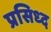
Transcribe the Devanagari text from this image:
प्रसिध्‍द